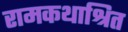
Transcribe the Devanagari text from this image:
रामकथाश्रित